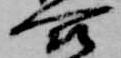
合